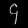
Digit: ၄